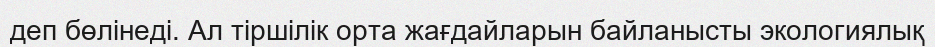
деп бөлінеді. Ал тіршілік орта жағдайларын байланысты экологиялық